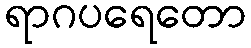
ရာဂပရေတော